Report of the Bombay Plague Committee
Disease focus: Plague
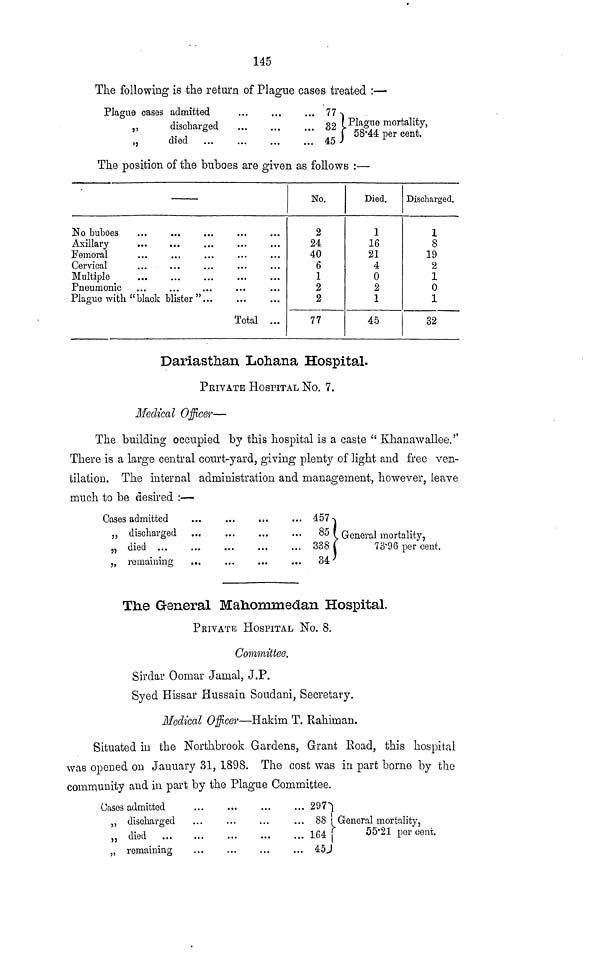
145
The following is the return of Plague cases treated :—
Plague cases admitted
,,
discharged
,,
died
...
...
... 77
... 32
45
Plague mortality,
| 58.44 per cent.
The position of the buboes are given as follows :—
Axillary
Femoral
Cervical
Multiple
Pneumonic
Plague with "black blister "...
Total ...
No.
2
24
40
6
1
2
2
77
Died.
1
16
21
4
0
2
i
45
Discharged.
1
8
19
2
1
0
1
32
Dariastkan. Lohana Hospital.
PRIVATE HOSPITAL No. 7.
Medical Officer—
The building occupied by this hospital is a caste " Khanawallee.''
There is a large central court-yard, giving plenty of light and free ven-
tilation. The internal administration and management, however, leave
much to be desired :—
Cases admitted
., discharged
„ died ...
„ remaining
... 457-
... 85
... 338
34'
, General mortality,
73'96 per cent.
The General Mahommedan Hospital.
PRIVATE HOSPITAL No. 8.
Committee.
Sirdar Oomar Jamal, J.P.
Syed Hissar Hussain Soudani, Secretary.
Medical Officer—Hakim T. Rahiman.
Situated in the Northbrook Gardens, Grant Road, this hospital
was opened on January 31, 1898. The cost was in part borne by the
community and in part by the Plague Committee.
Casos admitted
„ discharged
,, died
„ remaining
...
297
88i
164
45
General mortality,
55'21 per cent.